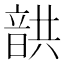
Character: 𩐠